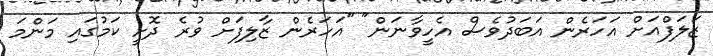
ޒަލަފްއަށް އަހަރެން އަބަދުވެސް އެހީވާނަން" "އަހަރެން ޒާލިފަށް ވުރެ ދޮށީ ކަމުގައި މަންމަ